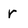
Character: r